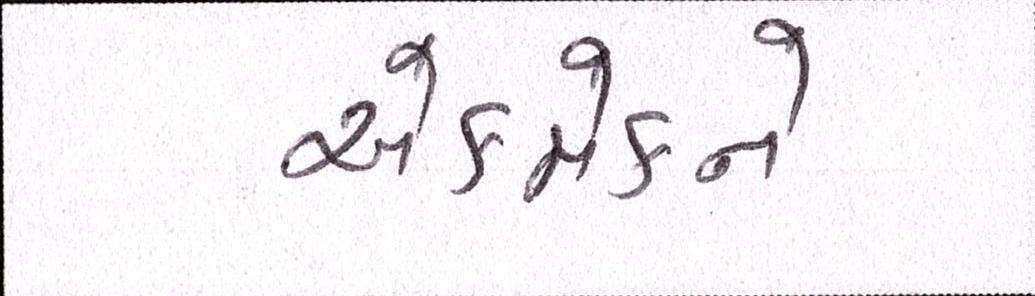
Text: એકમેકને